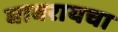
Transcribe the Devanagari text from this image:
घाबरायचा